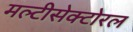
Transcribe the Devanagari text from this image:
मल्टीसेक्टोरल